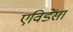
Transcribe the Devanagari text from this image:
एविडेंसा